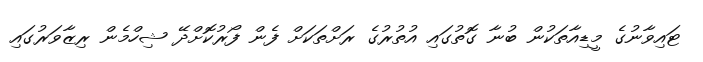
ޓައިވާނުގެ މީޑިއާތަކުން ބުނާ ގޮތުގައި އުތުރުގެ ރަށްތަކަށް ފެން ފޯރުކޮށްދޭ ޝިހްމެން ރިޒާވަރުގައި